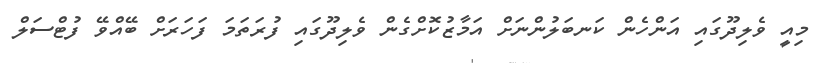
މިއީ ވެލިދޫގައި އަންހެން ކަނބަލުންނަށް އަމާޒުކޮށްގެން ވެލިދޫގައި ފުރަތަމަ ފަހަރަށް ބޭއްވޭ ފުޓްސަލް